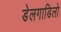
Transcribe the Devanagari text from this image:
डेलगाडिलो